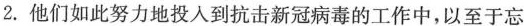
2.他们如此努力地投入到抗击新冠病毒的工作中,以至于忘